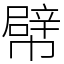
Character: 幦